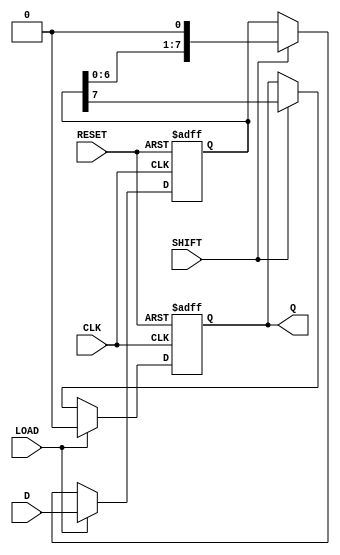
module PISO_Register (
    input wire [7:0] D,        // 8-bit parallel data input
    input wire LOAD,           // Load control signal
    input wire SHIFT,          // Shift control signal
    input wire CLK,            // Clock signal
    input wire RESET,          // Asynchronous reset signal
    output reg Q               // Serial output
);

    reg [7:0] shift_reg;       // Internal register to hold the data

    always @(posedge CLK or posedge RESET) begin
        if (RESET) begin
            // Asynchronous reset: clear the shift register
            shift_reg <= 8'b00000000;
            Q <= 1'b0;          // Reset output
        end else if (LOAD) begin
            // Parallel load: load data into the shift register
            shift_reg <= D;
            Q <= 1'b0;          // Output remains unchanged during load
        end else if (SHIFT) begin
            // Serial shift: shift data out
            Q <= shift_reg[7];  // Output the MSB
            shift_reg <= {shift_reg[6:0], 1'b0}; // Shift right and fill LSB with 0
        end
    end

endmodule